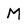
Character: M